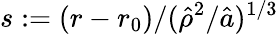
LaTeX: s:=(r-r_{0})/(\hat{\rho}^{2}/\hat{a})^{1/3}